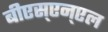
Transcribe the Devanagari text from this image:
बीएस्‌एन्‌एल